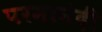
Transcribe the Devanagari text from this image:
परमानंदीं